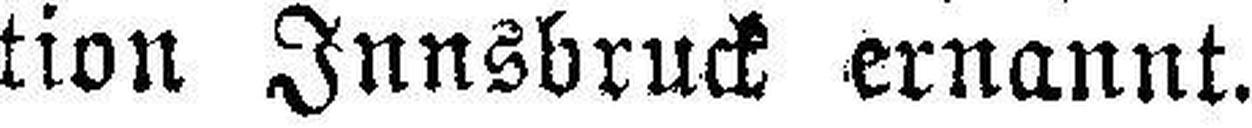
tion Innsbruck ernannt.